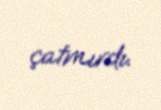
çatmırdı.